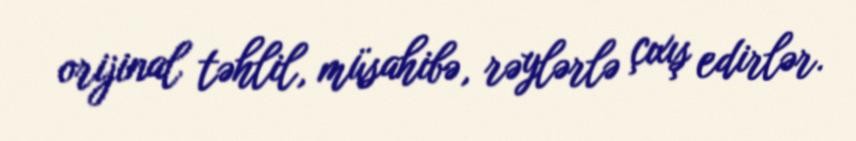
orijinal təhlil, müsahibə, rəylərlə çıxış edirlər.